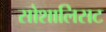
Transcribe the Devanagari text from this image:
सोशालिसट